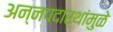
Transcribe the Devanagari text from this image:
अन्नपदार्थांमुळे